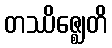
တဿိဇ္ဈေတိ